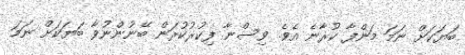
ބަޔަކަށް ނަމަ މަންފާ ކުރާނެ އެވެ. ވިސްނާ ފިކުރުކުރަން ބޭނުންނުވާ ބަޔަކަށް ނަމަ